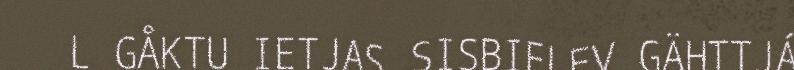
L GÅKTU IETJAS SISBIELEV GÄHTTJÁ